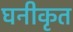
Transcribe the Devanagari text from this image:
घनीकृत